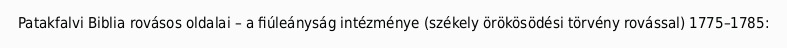
Patakfalvi Biblia rovásos oldalai – a fiúleányság intézménye (székely örökösödési törvény rovással) 1775–1785: